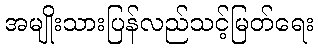
အမျိုးသားပြန်လည်သင့်မြတ်ရေး